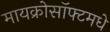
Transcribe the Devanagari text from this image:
मायक्रोसॉफ्टमधे